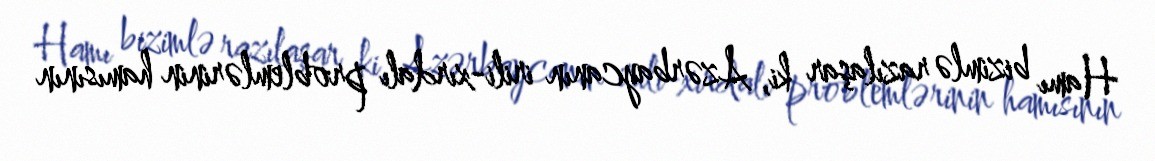
Hamı bizimlə razılaşar ki, Azərbaycanın irili-xırdalı problemlərinin hamısının